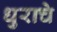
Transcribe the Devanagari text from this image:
धुराचे